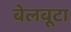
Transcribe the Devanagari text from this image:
बेलबूटा